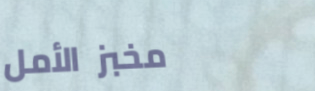
مخبز الأمل